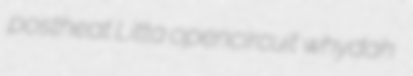
postheat Litta opencircuit whydah